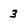
Character: 3